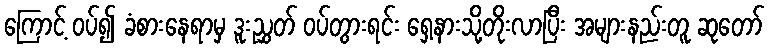
ကြောင့် ဝပ်၍ ခံစားနေရာမှ ဒူးညွှတ် ဝပ်တွားရင်း ရှေ့နားသို့တိုးလာပြီး အများနည်းတူ ဆုတော်